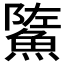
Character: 𩷷